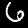
Label: 6